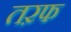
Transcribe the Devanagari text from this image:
तऱफ